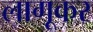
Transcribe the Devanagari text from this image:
लागूकर